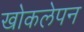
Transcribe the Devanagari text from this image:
खोकलेपन